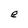
Character: e